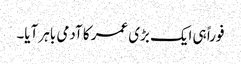
فوراً ہی ایک بڑی عمر کا آدمی باہر آیا۔